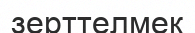
зерттелмек